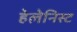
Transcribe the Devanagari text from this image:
हेलेनिस्ट